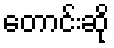
တောင်းဆို